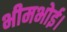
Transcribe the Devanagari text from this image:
भीमभोई।